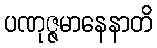
ပဏုဇ္ဇမာနေနာတိ